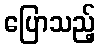
ပြောသည့်